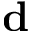
\mathbf { d }